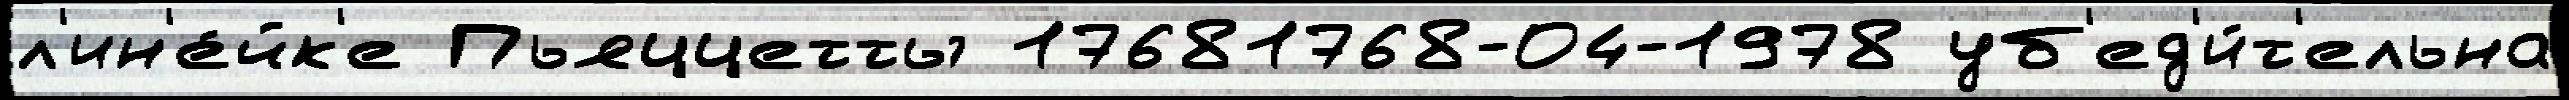
л'ин'е́йк'е Пьяццетты 17681768-04-1978 уб'ед'и́т'ельна